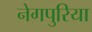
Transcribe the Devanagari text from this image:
नेगपुरिया